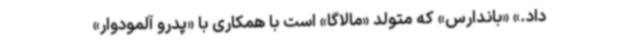
داد.» «باندارس» که متولد «مالاگا» است با همکاری با «پدرو آلمودوار»